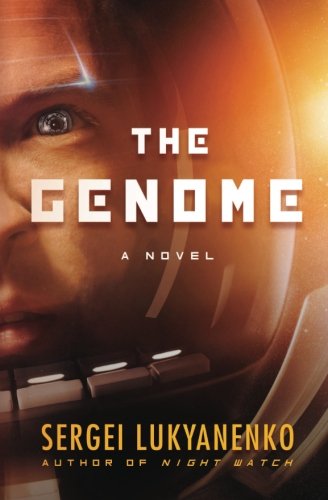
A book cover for The Genome: A Novel; Sergei Lukyanenko; Science Fiction & Fantasy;